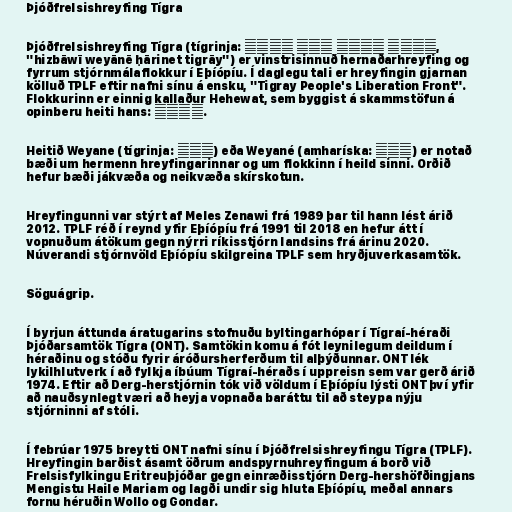
Þjóðfrelsishreyfing Tígra

Þjóðfrelsishreyfing Tígra (tígrinja: ህዝባዊ ወያነ ሓርነት ትግራይ,
"hizbāwī weyānē ḥārinet tigrāy") er vinstrisinnuð hernaðarhreyfing og
fyrrum stjórnmálaflokkur í Eþíópíu. Í daglegu tali er hreyfingin gjarnan
kölluð TPLF eftir nafni sínu á ensku, "Tigray People's Liberation Front".
Flokkurinn er einnig kallaður Hehewat, sem byggist á skammstöfun á
opinberu heiti hans: ህወሓት.

Heitið Weyane (tígrinja: ወያነ) eða Weyané (amharíska: ወያኔ) er notað
bæði um hermenn hreyfingarinnar og um flokkinn í heild sinni. Orðið
hefur bæði jákvæða og neikvæða skírskotun.

Hreyfingunni var stýrt af Meles Zenawi frá 1989 þar til hann lést árið
2012. TPLF réð í reynd yfir Eþíópíu frá 1991 til 2018 en hefur átt í
vopnuðum átökum gegn nýrri ríkisstjórn landsins frá árinu 2020.
Núverandi stjórnvöld Eþíópíu skilgreina TPLF sem hryðjuverkasamtök.

Söguágrip.

Í byrjun áttunda áratugarins stofnuðu byltingarhópar í Tígraí-héraði
Þjóðarsamtök Tígra (ONT). Samtökin komu á fót leynilegum deildum í
héraðinu og stóðu fyrir áróðursherferðum til alþýðunnar. ONT lék
lykilhlutverk í að fylkja íbúum Tígraí-héraðs í uppreisn sem var gerð árið
1974. Eftir að Derg-herstjórnin tók við völdum í Eþíópíu lýsti ONT því yfir
að nauðsynlegt væri að heyja vopnaða baráttu til að steypa nýju
stjórninni af stóli.

Í febrúar 1975 breytti ONT nafni sínu í Þjóðfrelsishreyfingu Tígra (TPLF).
Hreyfingin barðist ásamt öðrum andspyrnuhreyfingum á borð við
Frelsisfylkingu Eritreuþjóðar gegn einræðisstjórn Derg-hershöfðingjans
Mengistu Haile Mariam og lagði undir sig hluta Eþíópíu, meðal annars
fornu héruðin Wollo og Gondar.